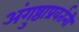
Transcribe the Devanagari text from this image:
अंगुष्ठाप्रवर्तनी